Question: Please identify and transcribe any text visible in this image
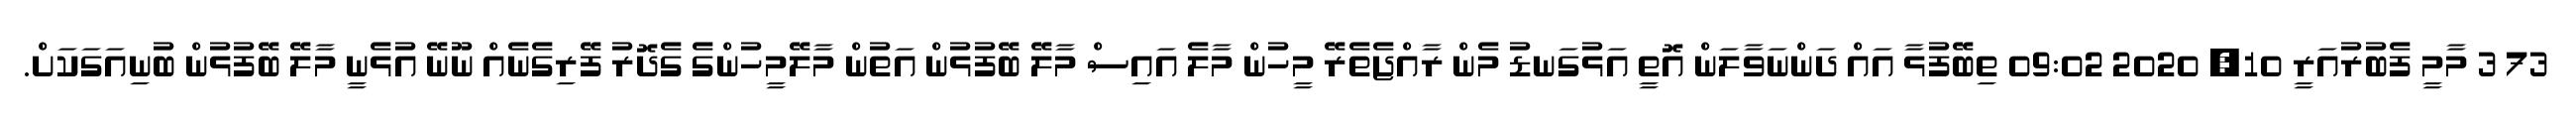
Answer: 73 3 މާމީ ފެބުރުއަރީ 10, 2020 09:02 ތިބޭފުޅާ އައް ދަންނަވާލަން އޮތީ އަޅުގަނޑު މެން ރާއްޖެތެރޭ މީހުން މާލެ އައިސް މާލޭ ބޭފުޅުން އަތުން މާލޭމީހުންގެ ގެދޮރު ފޭރިގެނެއް ނޫނޭ އުޅެނީ މާލޭ ބޭފުޅުން ބުނިއަގަކަށް.